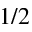
1 / 2